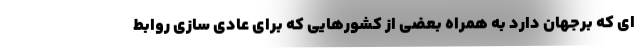
ای که برجهان دارد به همراه بعضی از کشورهایی که برای عادی سازی روابط